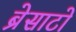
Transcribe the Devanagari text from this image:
ब्रेसाटो